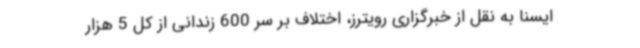
ایسنا به نقل از خبرگزاری رویترز، اختلاف بر سر 600 زندانی از کل 5 هزار